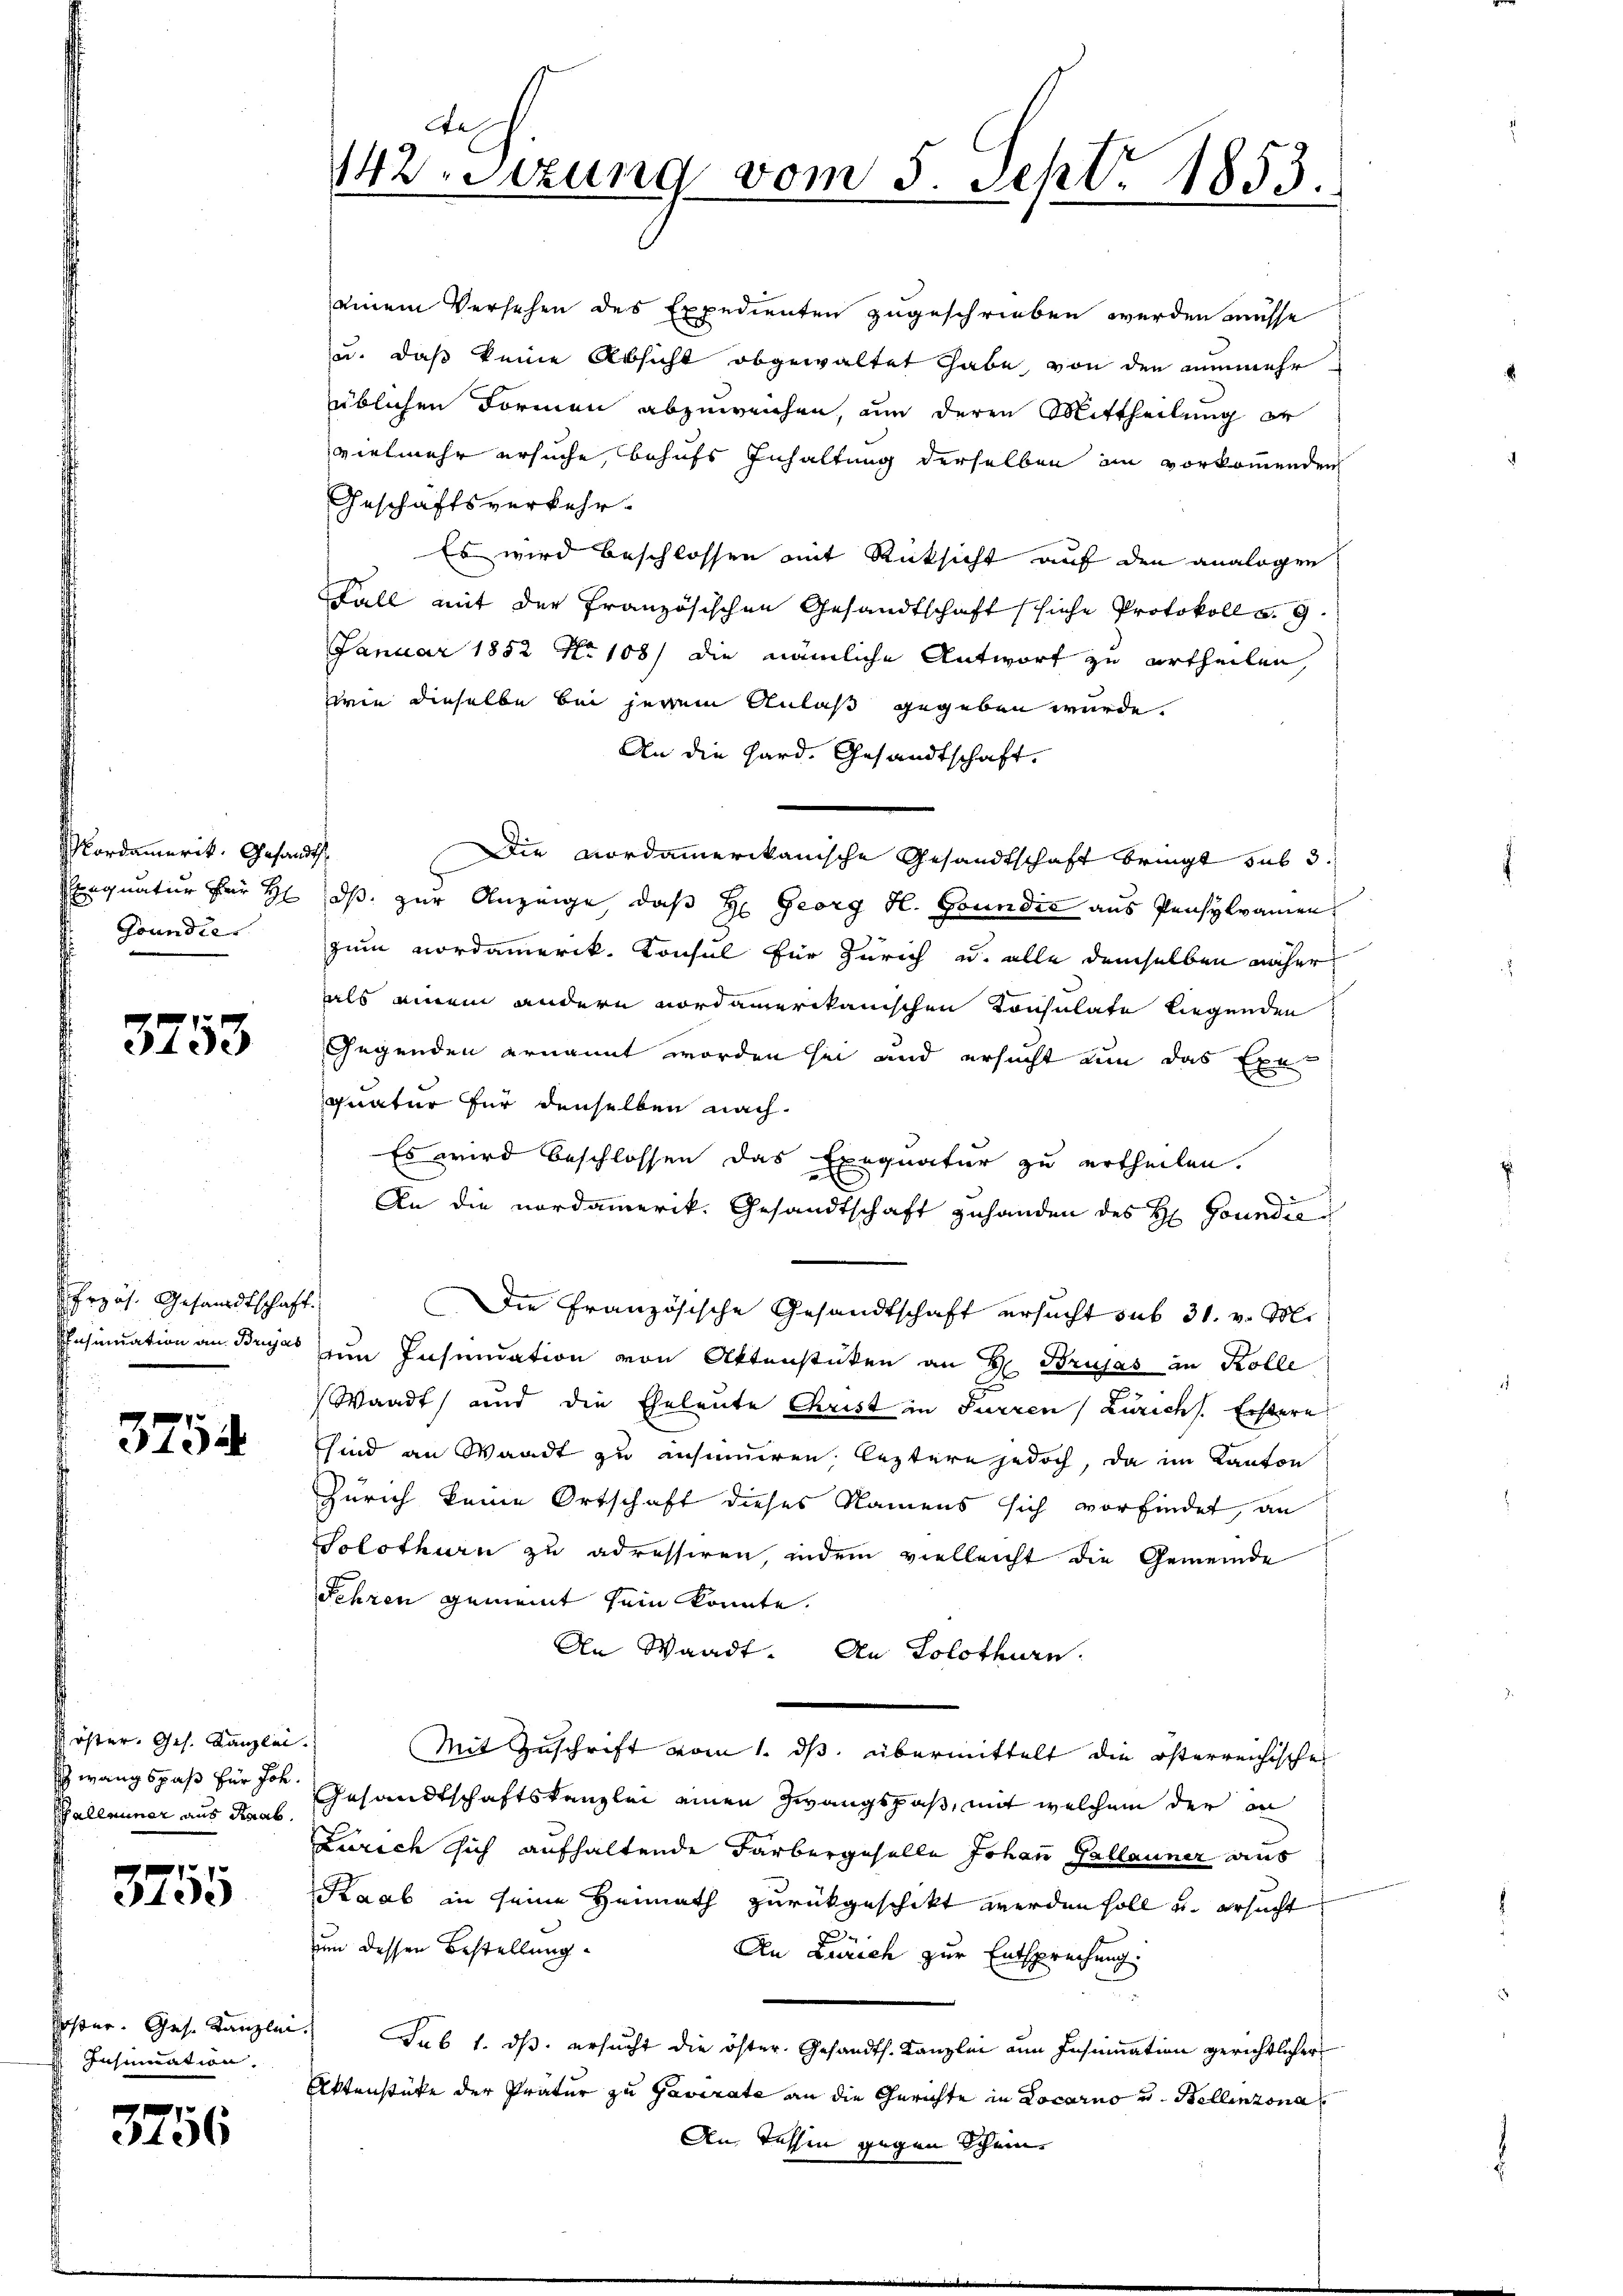
Mordamerit. Gesandt,
Signatur für H
Goundie

3753

Przös. Gesandtschaft.
Einsinuation an Brujas

3754

Köster. Ges. Kanzlei
schwangspaß für Joh.
Galleiner aus Raab

3755

Poster. Gese Kanzle
Insinuation.

3256

Aa
12.Sizung vom 5. Sept. 1853.

einem Versehen des Expedienten zugeschrieben werden müsse
u. daß keine Absicht abgewaltet habe, von den nunmehr
üblichen Formen abzuweichen, um deren Mittheilung er
vielmehr ersuche, behufs Inhaltung derselben im vorkommenden
Geschäftsverkehr.
Es wird beschlossen mit Rücksicht auf den analogen
Fall mit der Französischen Gesandtschaft siche Protokoll a. 9
Januar 1852 No 108) die nämliche Antwort zu urtheilen,
wie dieselbe bei jenem Anlaß gegeben würde.
An die Hard. Gesandtschaft.
Die Nordammerikanische Gesandtschaft bringt sub 3.
6
dß zur Anzeige, daß H. Georg H. Goundić aus Pensykramen
zum Nordamerik. Konsul für Zürich u. alle demselben näher
als einem andern nordamerikanischen Konsulate liegenden
Gegenden ernannt worden sei und ersucht um das Exe-
quatur für denselben nach
Es wird beschlossen das Exequatur zu ertheilen.
An die nordamerik. Gesandtschaft zuhanden des H: Goundis
Die Französische Gesandtschaft ersucht sub 31. v. M.
um Insendation von Aktenstücken an H. Brujas in Kolle
Waadt und die Eheleute Christ in Furren (Zürichs. Erstern.
sind an Waadt zu ansinneren leztere jedoch, da im Kanton
Zürich keine Ortschaft dieses Namens sich vorfindet, an
Solothurn zu adressiren, indem vielleicht die Gemeinde
Fehren gemeint sein konnte.
An Waadt. An Solothurn
Mit Zuschrift vom 1. ds. übermittelt die österreichische
Gesandtschaftskanzlei einen Zwangspaß, mit welchem der an
Zürich sich aufhaltende Farbergeselle Johann Gallauner aus
Kaab in seine Heimath zurückgeschikt werden soll und ersucht
umm dessen Bestellung
An Zürich zur Entsprechung
Sub 1. ds. ersucht die öfter. Gesandth. Kanzlei ain Insumation gerichtlicher
Aktenstüke der Pratur zu Pavirate an die Gerichte in Locarno und Bellinzona
An Tessin gegen Scheine